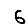
Digit: 6